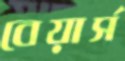
বেয়ার্স